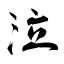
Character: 泣